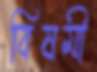
বিষমী